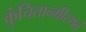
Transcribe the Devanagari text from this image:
कुंचितान्ग्रीस्थवं